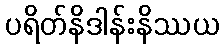
ပရိတ်နိဒါန်းနိဿယ